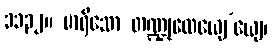
၁၁၃၂။ မာရိသော တဏ္ဍုလေယျေ’ယျေ၊